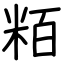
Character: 粨